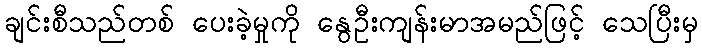
ချင်းစီသည်တစ် ပေးခဲ့မှုကို နွေဦးကျန်းမာအမည်ဖြင့် သေပြီးမှ